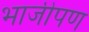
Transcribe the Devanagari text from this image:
भाजीपण